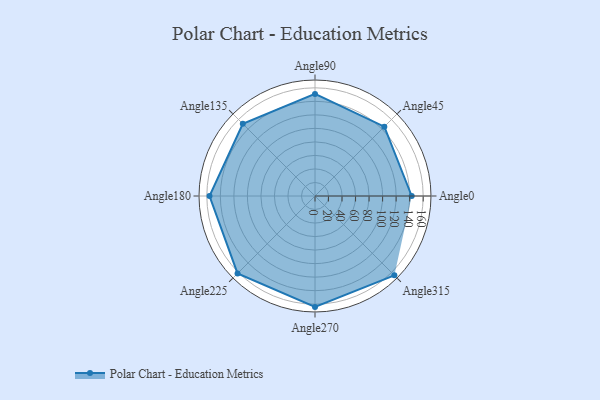
{"axis": {"x": "Angle", "y": "Radius"}, "legend": [""], "data": [{"x": "Angle0", "y": 143.0, "type": ""}, {"x": "Angle45", "y": 145.0, "type": ""}, {"x": "Angle90", "y": 151.0, "type": ""}, {"x": "Angle135", "y": 151.0, "type": ""}, {"x": "Angle180", "y": 156.0, "type": ""}, {"x": "Angle225", "y": 162.0, "type": ""}, {"x": "Angle270", "y": 164.0, "type": ""}, {"x": "Angle315", "y": 166.0, "type": ""}]}